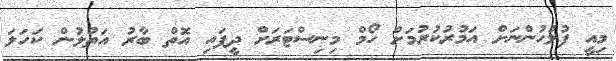
މިއީ ފުލުހުންނަށް އަމުރުކުރުމަށް ހޯމް މިނިސްޓަރަށް ދީފައި އޮތް ބާރު އަތުލުން ކަހަލަ